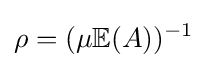
\rho =(\mu \mathbb {E} (A))^{-1}